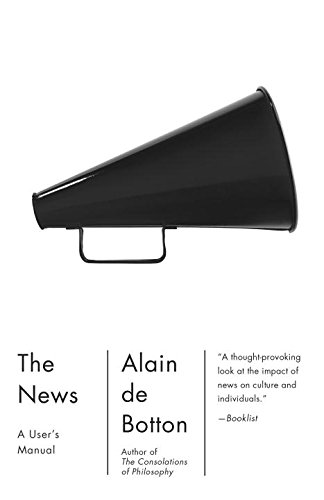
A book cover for The News: A User's Manual (Vintage International); Alain De Botton; Business & Money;